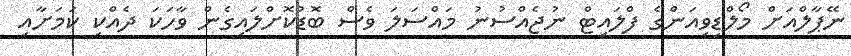
ނޭޕާލްއަށް މޯލްޑިވިއަންގެ ފްލައިޓް ނުޖެއްސުނު މައްސަލަ ވެސް ބޮޑުކޮށްލައިގެން ވާހަކަ ދެއްކި ކަމަށާއި